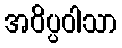
အဝိပ္ပဝါသာ